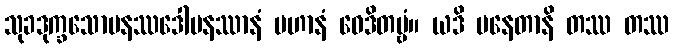
သုခဒုက္ခသောမနဿဒေါမနဿာနံ ပဟာနံ ဝေဒိတဗ္ဗံ။ ယဒိ ပနေတာနိ တဿ တဿ